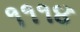
૧૧૧૪